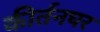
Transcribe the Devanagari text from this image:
कीर्तनघर